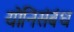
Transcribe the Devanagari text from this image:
योनिसंबंध